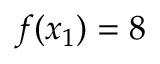
f ( x _ { 1 } ) = 8